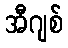
အီဂျစ်